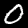
Digit: 0